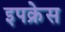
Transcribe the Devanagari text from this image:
इपक्रेस